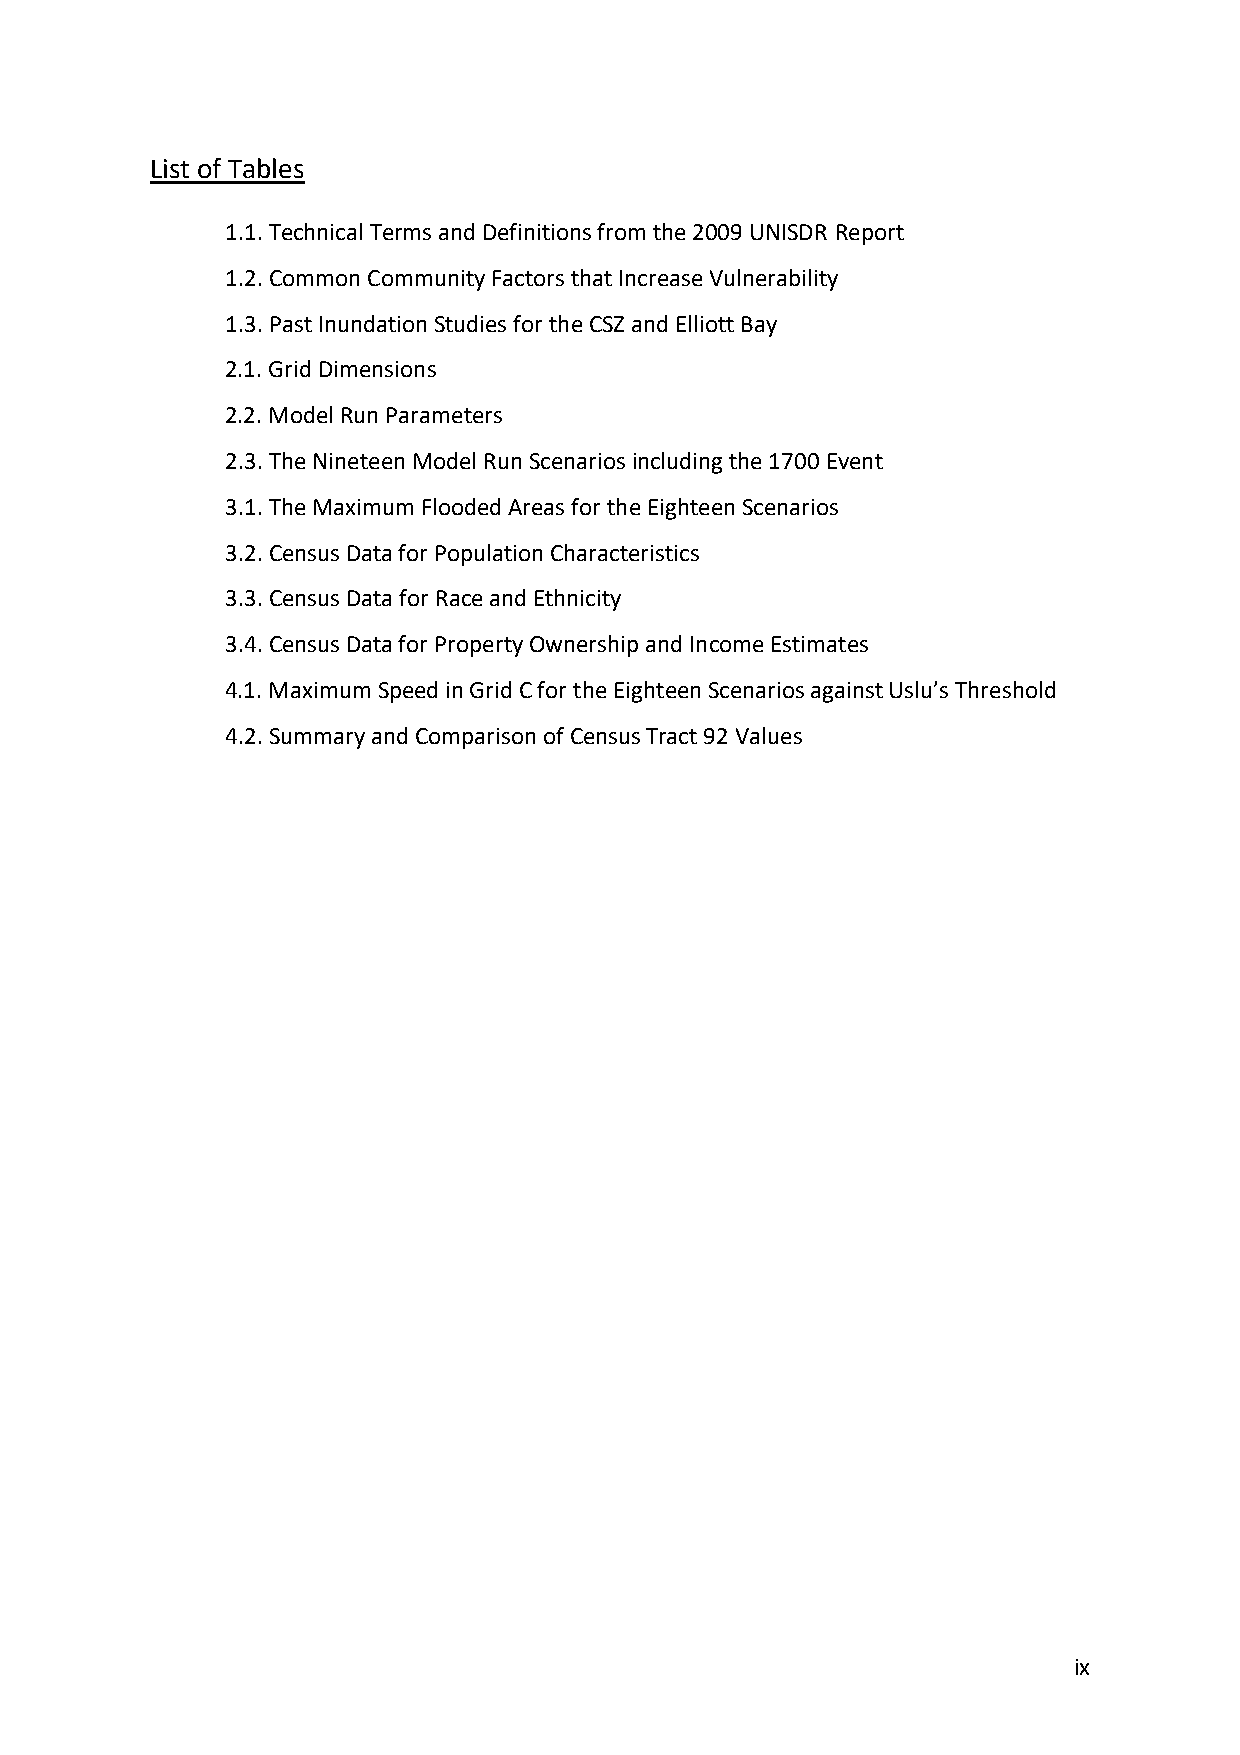
List of Tables
 1.1. Technical Terms and Definitions from the 2009 UNISDR Report
 1.2. Common Community Factors that Increase Vulnerability
 1.3. Past Inundation Studies for the CSZ and Elliott Bay
 2.1. Grid Dimensions
 2.2. Model Run Parameters
 2.3. The Nineteen Model Run Scenarios including the 1700 Event
 3.1. The Maximum Flooded Areas for the Eighteen Scenarios
 3.2. Census Data for Population Characteristics
 3.3. Census Data for Race and Ethnicity
 3.4. Census Data for Property Ownership and Income Estimates
 4.1. Maximum Speed in Grid C for the Eighteen Scenarios against Uslu’s Threshold
 4.2. Summary and Comparison of Census Tract 92 Values
 ix